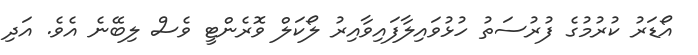
އޯޑަރު ކުރުމުގެ ފުރުސަތު ހުޅުވައިލާފައިވާއިރު ލޯކަލް ވޮރެންޓީ ވެސް ލިބޭނެ އެވެ. އަދި